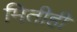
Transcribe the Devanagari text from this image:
मितीही